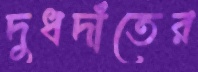
দুধদাঁতের